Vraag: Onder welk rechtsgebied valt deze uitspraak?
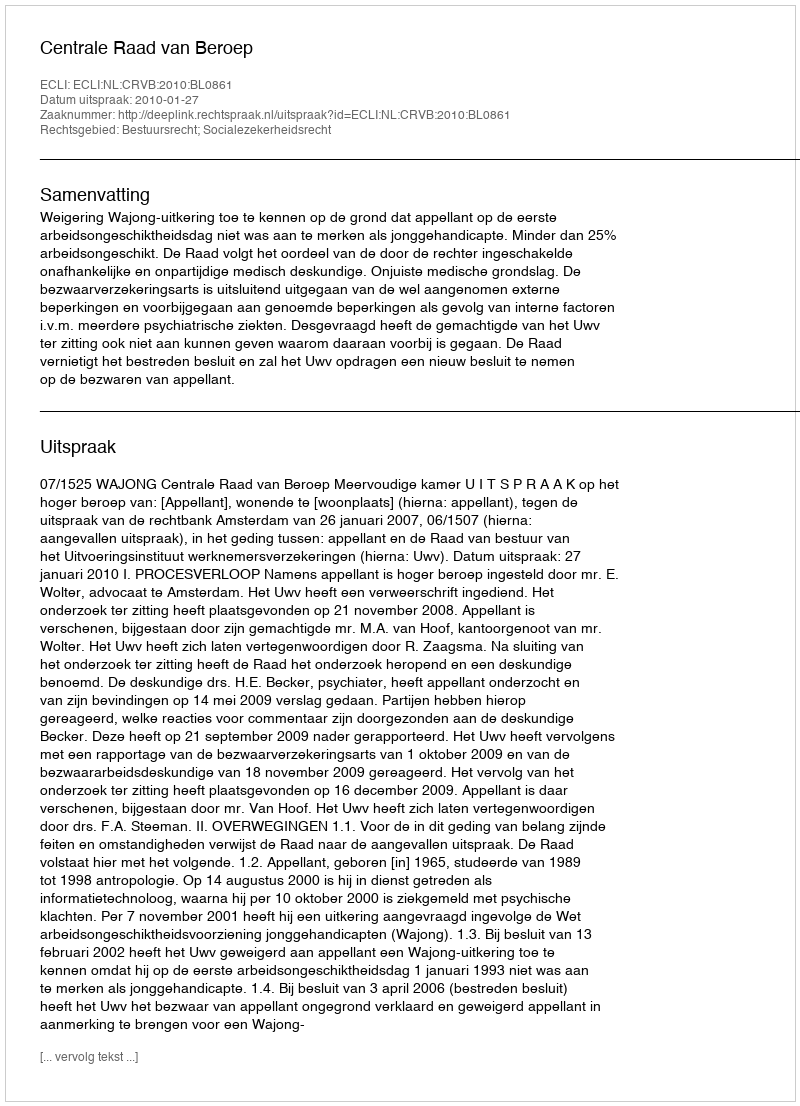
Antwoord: Bestuursrecht; Socialezekerheidsrecht